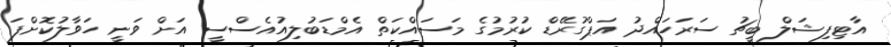
އާޓިފިޝަލް ބީޗު ސަރަހައްދު އަޕްގުރޭޑް ކުރުމުގެ މަސައްކަތް އެމްޑަބުލިއުއެސްސީ އަށް ވަނީ ހަވާލުކޮށްފަ